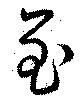
至